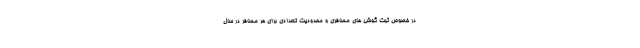
در خصوص ثبت گوشی های مسافری و محدودیت تعدادی برای هر مسافر در سال